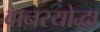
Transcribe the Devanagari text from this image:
वानरयोद्धा